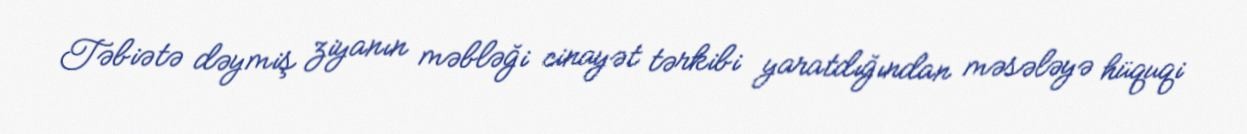
Təbiətə dəymiş ziyanın məbləği cinayət tərkibi yaratdığından məsələyə hüquqi